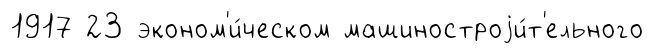
1917 23 эконом'и́ческом машиностроjи́т'ельного